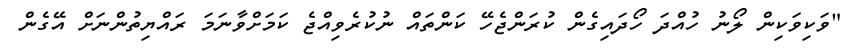
"ވަކިވަކިން ލޯނު ހުއްދަ ހޯދައިގެން ކުރަންޖެހޭ ކަންތައް ނުކުރެވިއްޖެ ކަމަށްވާނަމަ ރައްޔިތުންނަށް އޭގެން